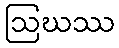
ဩဃဿ